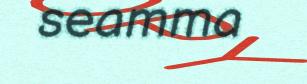
seamma